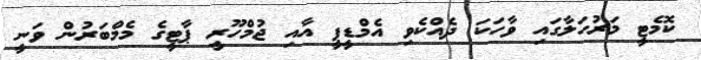
ކޮމެޓީ މަރުހަލާގައި ވާހަކަ ދެއްކެވި އެމްޑީޕީ އާއި ޖުމްހޫރީ ޕާޓީގެ މެމްބަރުން ވަނީ